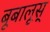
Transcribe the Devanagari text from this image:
बूबालूस्